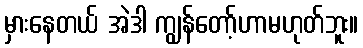
မှားနေတယ် အဲဒါ ကျွန်တော့်ဟာမဟုတ်ဘူး။